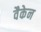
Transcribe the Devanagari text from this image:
वैकेन